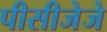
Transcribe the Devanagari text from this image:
पीसीजेजे